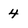
Character: 4